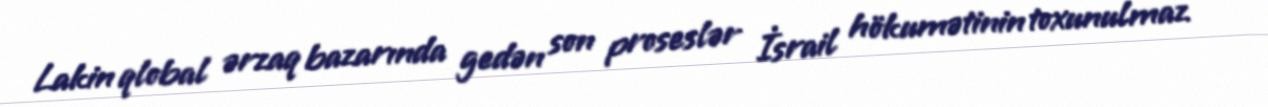
Lakin qlobal ərzaq bazarında gedən son proseslər İsrail hökumətinin toxunulmaz